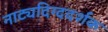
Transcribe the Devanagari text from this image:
नाट्यदिग्ददर्शक